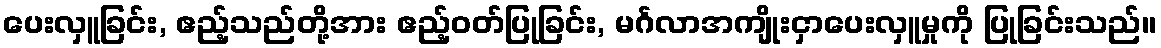
ပေးလှူခြင်း, ဧည့်သည်တို့အား ဧည့်ဝတ်ပြုခြင်း, မင်္ဂလာအကျိုးငှာပေးလှူမှုကို ပြုခြင်းသည်။